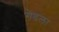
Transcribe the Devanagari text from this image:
गेडला